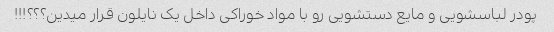
پودر لباسشویی و مایع دستشویی رو با مواد خوراکی داخل یک نایلون قرار میدین؟؟؟!!!